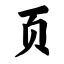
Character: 页